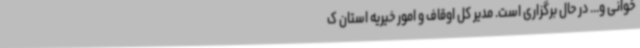
خوانی و... در حال برگزاری است. مدیر کل اوقاف و امور خیریه استان ک